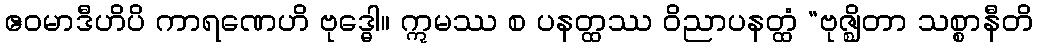
ဧဝမာဒီဟိပိ ကာရဏေဟိ ဗုဒ္ဓေါ။ ဣမဿ စ ပနတ္ထဿ ဝိညာပနတ္ထံ “ဗုဇ္ဈိတာ သစ္စာနီတိ